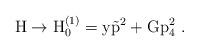
LaTeX: \begin{align*}\rm H \to H^{(1)}_0 = y \vec{p}^2 + G p_4^2~.\end{align*}